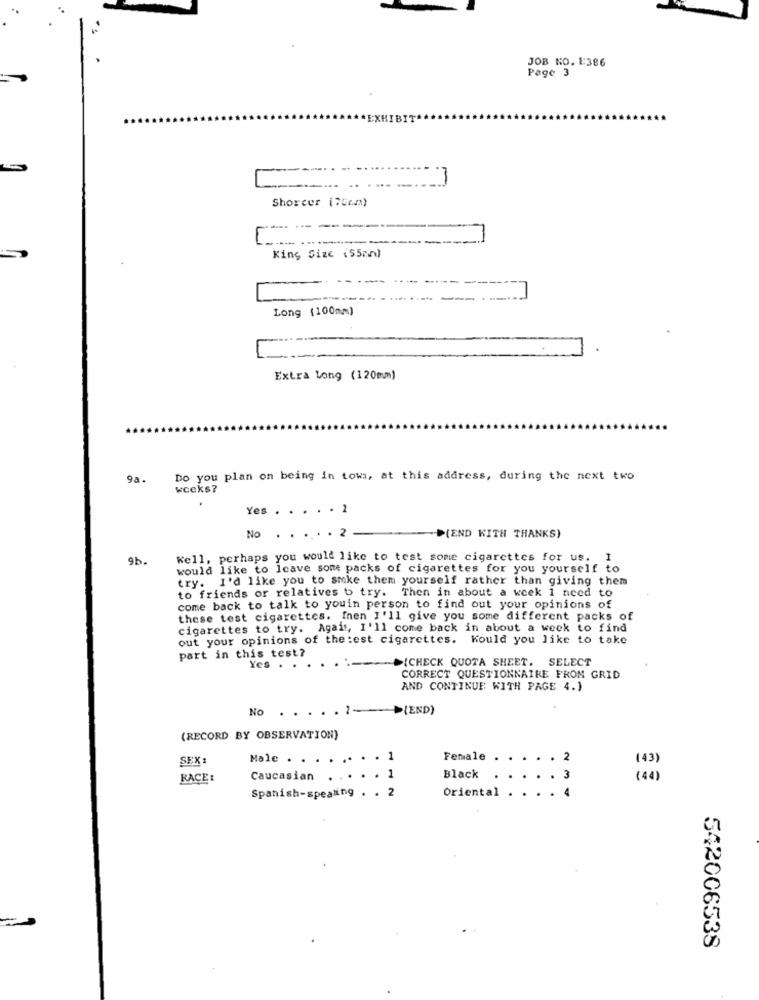
JOB NO. E386
Page 3
EXHIBIT
Shoreer (70em)
King Size (55mm)
Long (100mm)
Extra Long (120mm)
9a.
Do you plan on being in towa, at this address, during the next two
weeks?
Yes . . . . . 1
2
NO
D(END WITH THANKS)
9b.
Well, perhaps you would like to test some cigarettes for us. I
would like to Icave some packs of cigarettes for you yourself to
try. I'd like you to smoke them yourself rather than giving them
to friends or relatives b try. Then in about a week 1 need to
come back to talk to youin person to find out your opinions of
these test cigarettes. fnen I'll give you some different packs of
cigarettes to try. Agait, I'll come back in about a week to find
out your opinions of the:est cigarettes. Kould you like to take
part in this test?
>{CHECK QUOTA SHEET. SELECT
Yes . .
CORRECT QUESTIONNAIRE FROM GRID
AND CONTINUE WITH PAGE 4.)
No
->{END)
(RECORD BY OBSERVATION)
SEX:
Male .
. 1
Female
. 2
143)
RACE:
Caucasian
1
Black
3
(44)
2
Oriental
Spanish-speating . .
542006538